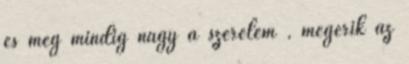
és még mindig nagy a szerelem , megérik az